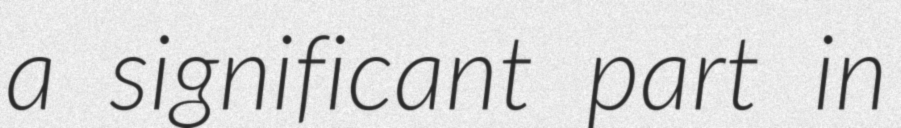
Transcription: a significant part in